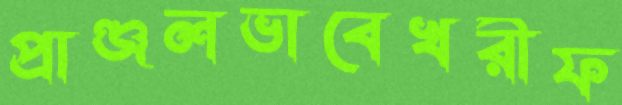
প্রাঞ্জলভাবেখরীফ